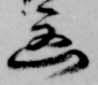
凶